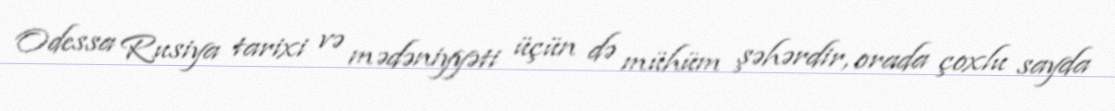
Odessa Rusiya tarixi və mədəniyyəti üçün də mühüm şəhərdir, orada çoxlu sayda